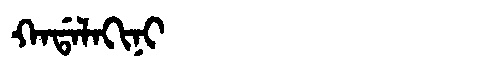
Manchu: ᡴᠠᡩᠠᠯᠠᡴᡳᠨᡳ
Romanization: KADALAKINI